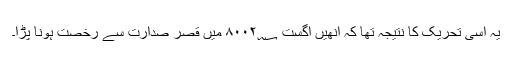
یہ اسی تحریک کا نتیجہ تھا کہ انھیں اگست ۸۰۰۲؁ میں قصرِ صدارت سے رخصت ہونا پڑا۔